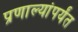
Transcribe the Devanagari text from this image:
प्रणाल्यांपर्यंत